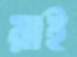
রাই